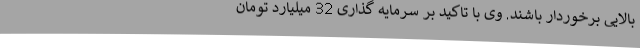
بالایی برخوردار باشند. وی با تاکید بر سرمایه گذاری 32 میلیارد تومان